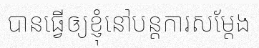
បានធ្វើឲ្យខ្ញុំនៅបន្តការសម្តែង